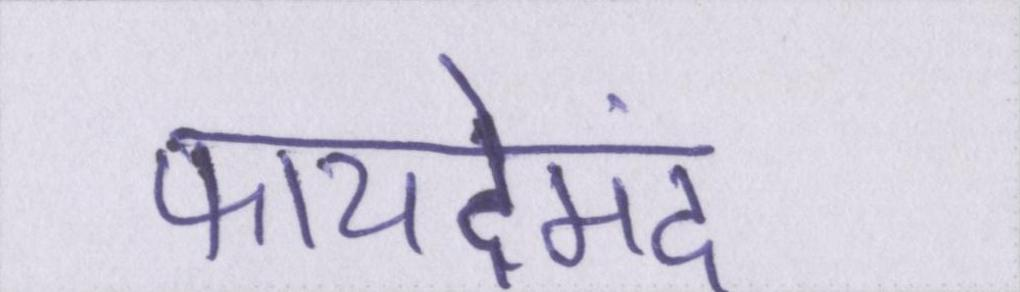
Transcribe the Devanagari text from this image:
फायदेमंद